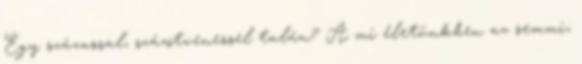
Egy százassal, százötvenessel talán? A mi életünkben az semmi,